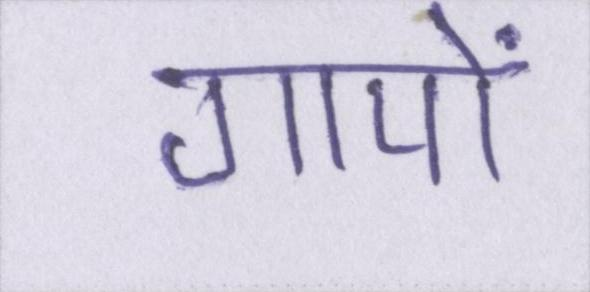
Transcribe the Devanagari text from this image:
गायों